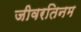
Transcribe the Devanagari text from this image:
जीवरतिनम